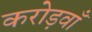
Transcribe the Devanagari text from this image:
करोड़वाँ